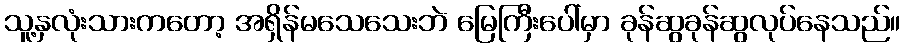
သူ့နှလုံးသားကတော့ အရှိန်မသေသေးဘဲ မြေကြီးပေါ်မှာ ခုန်ဆွခုန်ဆွလုပ်နေသည်။